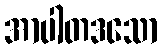
အာပါတဒသော